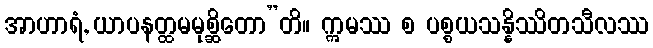
အာဟာရံ, ယာပနတ္ထမမုစ္ဆိတော”တိ။ ဣမဿ စ ပစ္စယသန္နိဿိတသီလဿ